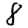
Digit: 8